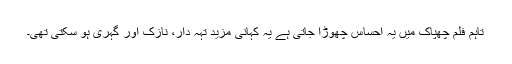
تاہم فلم چھپاک میں یہ احساس چھوڑا جاتی ہے یہ کہانی مزید تہہ دار، نازک اور گہری ہو سکتی تھی۔